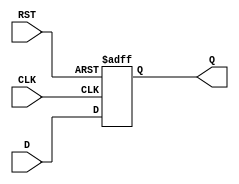
module IntermediateRegister #(
    parameter WIDTH = 8  // Parameter for the width of the register
)(
    input  wire [WIDTH-1:0] D,    // Data input
    input  wire CLK,                // Clock input
    input  wire RST,                // Asynchronous reset
    output reg  [WIDTH-1:0] Q       // Data output
);

// Always block for the register functionality
always @(posedge CLK or posedge RST) begin
    if (RST) begin
        Q <= {WIDTH{1'b0}}; // Clear the register to zero on reset
    end else begin
        Q <= D; // Capture the input data on the rising edge of the clock
    end
end

endmodule